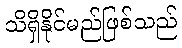
သိရှိနိုင်မည်ဖြစ်သည်